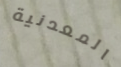
المعدنية